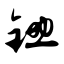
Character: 锄